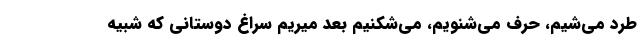
طرد می‌شیم، حرف می‌شنویم، می‌شکنیم بعد میریم سراغ دوستانی که شبیه